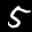
Label: 5